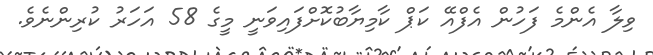
ވިލާ އެންމެ ފަހުން އެފްއޭ ކަޕް ކާމިޔާބުކޮށްފައިވަނީ މީގެ 58 އަހަރު ކުރިންނެވެ.